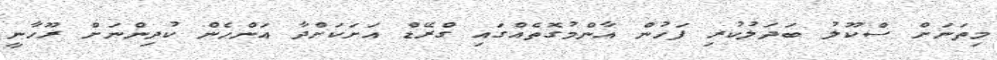
މިތަނަށް ސްކޫލު ބަދަލުކުރި ފަހުން އާންމުގޮތެއްގައި ގްރޭޑް އަށަކަށްދާ އަންހެން ކުދިންނަށް ރޫހާނީ